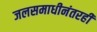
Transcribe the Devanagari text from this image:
जलसमाधीनंतरही